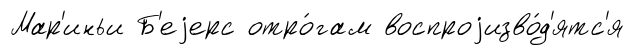
Мар'иньи Б'еjерс отро́гам воспроjизво́д'ятс'я